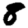
Digit: 8